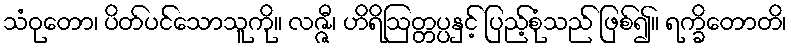
သံဝုတော၊ ပိတ်ပင်သောသူကို။ လဇ္ဇီ၊ ဟိရိဩတ္တပ္ပနှင့် ပြည့်စုံသည် ဖြစ်၍။ ရက္ခိတောတိ၊